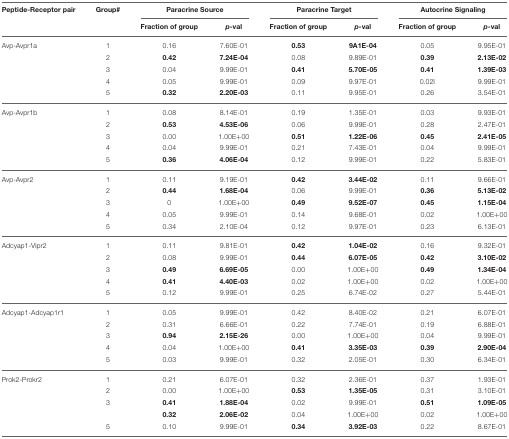
<table><thead><tr><td><b>Peptide-Receptor pair</b></td><td><b>Group#</b></td><td colspan="2"><b>Paracrine Source</b></td><td colspan="2"><b>Paracrine Target</b></td><td colspan="2"><b>Autocrine Signaling</b></td></tr><tr><td></td><td></td><td><b>Fraction of group</b></td><td><b><i>p</i>-val</b></td><td><b>Fraction of group</b></td><td><b><i>p</i>-val</b></td><td><b>Fraction of group</b></td><td><b><i>p</i>-val</b></td></tr></thead><tbody><tr><td>Avp-Avpr1a</td><td>1</td><td>0.16</td><td>7.60E-01</td><td><b>0.53</b></td><td><b>9A1E-04</b></td><td>0.05</td><td>9.95E-01</td></tr><tr><td></td><td>2</td><td><b>0.42</b></td><td><b>7.24E-04</b></td><td>0.08</td><td>9.89E-01</td><td><b>0.39</b></td><td><b>2.13E-02</b></td></tr><tr><td></td><td>3</td><td>0.04</td><td>9.99E-01</td><td><b>0.41</b></td><td><b>5.70E-05</b></td><td><b>0.41</b></td><td><b>1.39E-03</b></td></tr><tr><td></td><td>4</td><td>0.05</td><td>9.99E-01</td><td>0.09</td><td>9.97E-01</td><td>0.02I</td><td>9.99E-01</td></tr><tr><td></td><td>5</td><td><b>0.32</b></td><td><b>2.20E-03</b></td><td>0.11</td><td>9.95E-01</td><td>0.26</td><td>3.54E-01</td></tr><tr><td>Avp-Avpr1b</td><td>1</td><td>0.08</td><td>8.14E-01</td><td>0.19</td><td>1.35E-01</td><td>0.03</td><td>9.93E-01</td></tr><tr><td></td><td>2</td><td><b>0.53</b></td><td><b>4.53E-06</b></td><td>0.06</td><td>9.99E-01</td><td>0.28</td><td>2.47E-01</td></tr><tr><td></td><td>3</td><td>0.00</td><td>1.00E+00</td><td><b>0.51</b></td><td><b>1.22E-06</b></td><td><b>0.45</b></td><td><b>2.41E-05</b></td></tr><tr><td></td><td>4</td><td>0.04</td><td>9.99E-01</td><td>0.21</td><td>7.43E-01</td><td>0.04</td><td>9.99E-01</td></tr><tr><td></td><td>5</td><td><b>0.36</b></td><td><b>4.06E-04</b></td><td>0.12</td><td>9.99E-01</td><td>0.22</td><td>5.83E-01</td></tr><tr><td>Avp-Avpr2</td><td>1</td><td>0.11</td><td>9.19E-01</td><td><b>0.42</b></td><td><b>3.44E-02</b></td><td>0.11</td><td>9.66E-01</td></tr><tr><td></td><td>2</td><td><b>0.44</b></td><td><b>1.68E-04</b></td><td>0.06</td><td>9.99E-01</td><td><b>0.36</b></td><td><b>5.13E-02</b></td></tr><tr><td></td><td>3</td><td>0</td><td>1.00E+00</td><td><b>0.49</b></td><td><b>9.52E-07</b></td><td><b>0.45</b></td><td><b>1.15E-04</b></td></tr><tr><td></td><td>4</td><td>0.05</td><td>9.99E-01</td><td>0.14</td><td>9.68E-01</td><td>0.02</td><td>1.00E+00</td></tr><tr><td></td><td>5</td><td>0.34</td><td>2.10E-04</td><td>0.12</td><td>9.97E-01</td><td>0.23</td><td>6.13E-01</td></tr><tr><td>Adcyap1-Vipr2</td><td>1</td><td>0.11</td><td>9.81E-01</td><td><b>0.42</b></td><td><b>1.04E-02</b></td><td>0.16</td><td>9.32E-01</td></tr><tr><td></td><td>2</td><td>0.08</td><td>9.99E-01</td><td><b>0.44</b></td><td><b>6.07E-05</b></td><td><b>0.42</b></td><td><b>3.10E-02</b></td></tr><tr><td></td><td>3</td><td><b>0.49</b></td><td><b>6.69E-05</b></td><td>0.00</td><td>1.00E+00</td><td><b>0.49</b></td><td><b>1.34E-04</b></td></tr><tr><td></td><td>4</td><td><b>0.41</b></td><td><b>4.40E-03</b></td><td>0.02</td><td>1.00E+00</td><td>0.02</td><td>1.00E+00</td></tr><tr><td></td><td>5</td><td>0.12</td><td>9.99E-01</td><td>0.25</td><td>6.74E-02</td><td>0.27</td><td>5.44E-01</td></tr><tr><td>Adcyap1-Adcyap1r1</td><td>1</td><td>0.05</td><td>9.99E-01</td><td>0.42</td><td>8.40E-02</td><td>0.21</td><td>6.07E-01</td></tr><tr><td></td><td>2</td><td>0.31</td><td>6.66E-01</td><td>0.22</td><td>7.74E-01</td><td>0.19</td><td>6.88E-01</td></tr><tr><td></td><td>3</td><td><b>0.94</b></td><td><b>2.15E-26</b></td><td>0.00</td><td>1.00E+00</td><td>0.04</td><td>9.99E-01</td></tr><tr><td></td><td>4</td><td>0.04</td><td>1.00E+00</td><td><b>0.41</b></td><td><b>3.35E-03</b></td><td><b>0.39</b></td><td><b>2.90E-04</b></td></tr><tr><td></td><td>5</td><td>0.03</td><td>9.99E-01</td><td>0.32</td><td>2.05E-01</td><td>0.30</td><td>6.34E-01</td></tr><tr><td>Prok2-Prokr2</td><td>1</td><td>0.21</td><td>6.07E-01</td><td>0.32</td><td>2.36E-01</td><td>0.37</td><td>1.93E-01</td></tr><tr><td></td><td>2</td><td>0.00</td><td>1.00E+00</td><td><b>0.53</b></td><td><b>1.35E-05</b></td><td>0.31</td><td>3.10E-01</td></tr><tr><td></td><td>3</td><td><b>0.41</b></td><td><b>1.88E-04</b></td><td>0.02</td><td>9.99E-01</td><td><b>0.51</b></td><td><b>1.09E-05</b></td></tr><tr><td></td><td></td><td><b>0.32</b></td><td><b>2.06E-02</b></td><td>0.04</td><td>1.00E+00</td><td>0.02</td><td>1.00E+00</td></tr><tr><td></td><td>5</td><td>0.10</td><td>9.99E-01</td><td><b>0.34</b></td><td><b>3.92E-03</b></td><td>0.22</td><td>8.67E-01</td></tr></tbody></table>